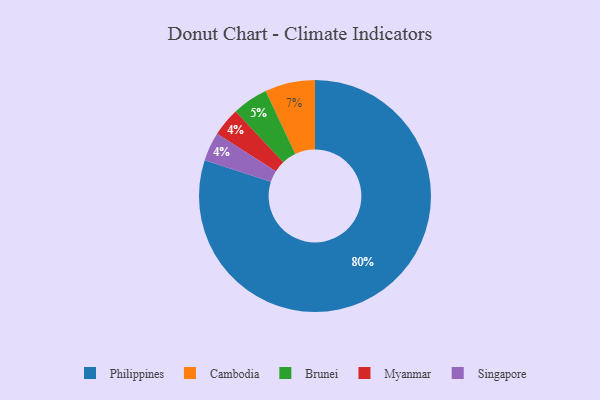
{"axis": {"x": "Category", "y": "Percentage"}, "legend": ["Brunei", "Cambodia", "Myanmar", "Philippines", "Singapore"], "data": [{"x": "Cambodia", "y": 7, "type": "Cambodia"}, {"x": "Brunei", "y": 5, "type": "Brunei"}, {"x": "Philippines", "y": 80, "type": "Philippines"}, {"x": "Myanmar", "y": 4, "type": "Myanmar"}, {"x": "Singapore", "y": 4, "type": "Singapore"}]}